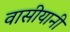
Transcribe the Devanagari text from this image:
वासीयानी